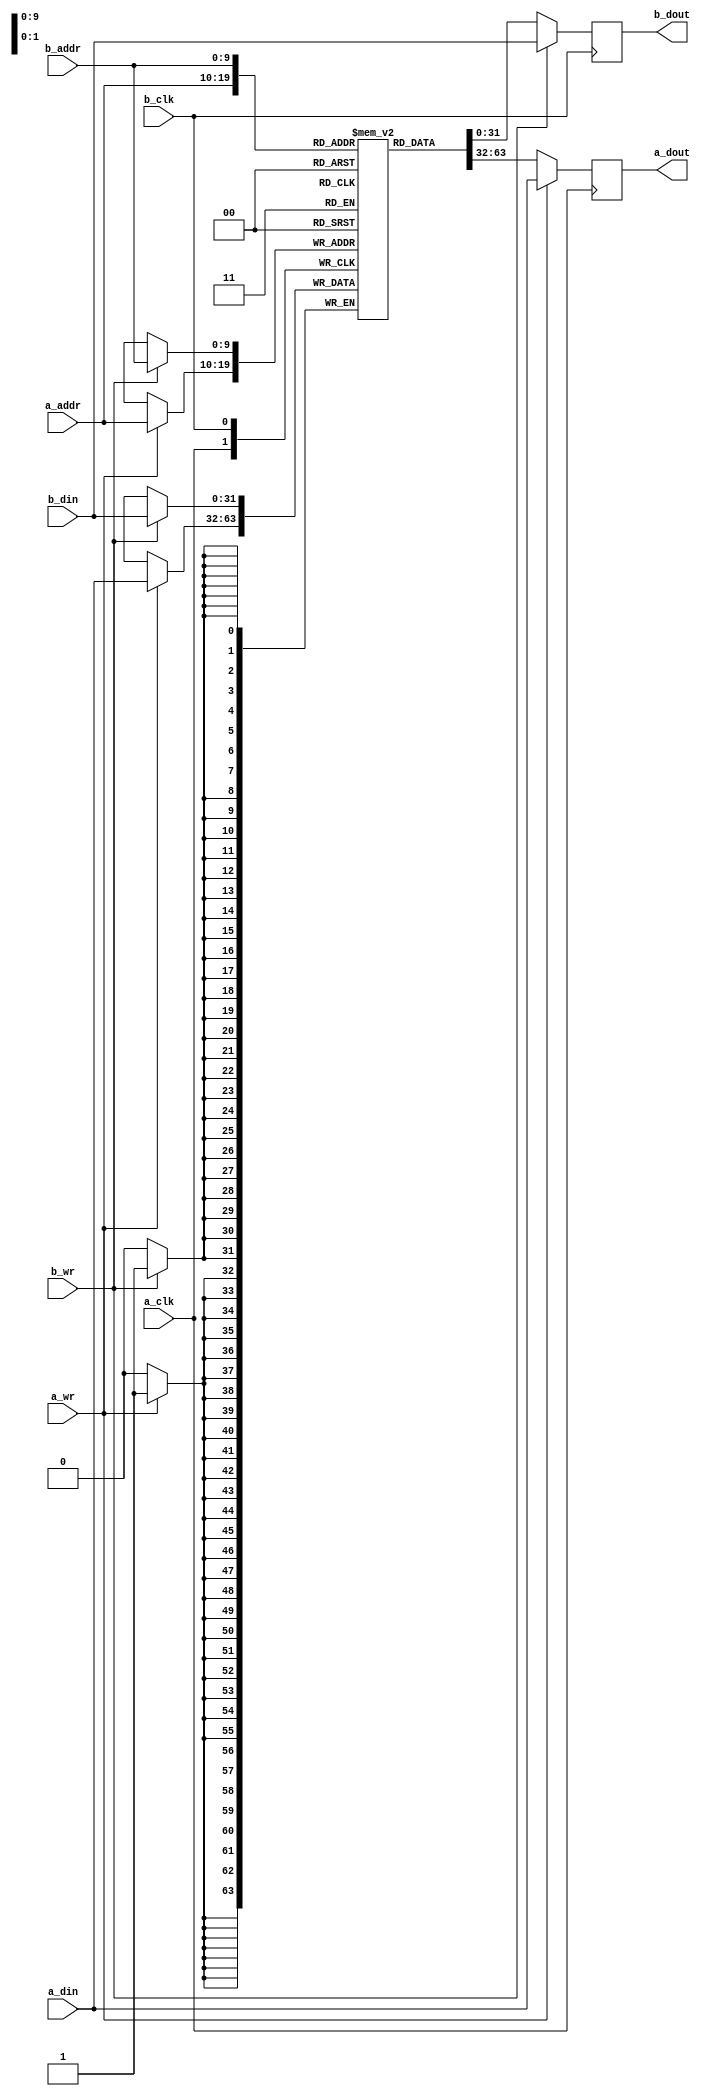
module dual_port_bram #(
  parameter DATA_WIDTH = 32,
  parameter ADDR_WIDTH = 10,
  parameter MEM_FILE  = "NOTHING",
  parameter MEM_FILE_LENGTH = 0
) (
  //Port A
  a_clk,
  a_wr,
  a_addr,
  a_din,
  a_dout,

  b_clk,
  b_wr,
  b_addr,
  b_din,
  b_dout
);

input                             a_clk;
input                             a_wr;
input   wire  [ADDR_WIDTH - 1: 0] a_addr;
input   wire  [DATA_WIDTH - 1: 0] a_din;
output  reg   [DATA_WIDTH - 1: 0] a_dout;

input                             b_clk;
input                             b_wr;
input   wire  [ADDR_WIDTH - 1: 0] b_addr;
input   wire  [DATA_WIDTH - 1: 0] b_din;
output  reg   [DATA_WIDTH - 1: 0] b_dout;

//Shared Memory
reg     [DATA_WIDTH - 1: 0]       mem [(1 << ADDR_WIDTH) - 1: 0];

generate
if (MEM_FILE != "NOTHING") begin
initial begin
    $readmemh(MEM_FILE, mem, 0, MEM_FILE_LENGTH - 1);
end
end
endgenerate

//Port A
always @ (posedge a_clk) begin
  a_dout          <=              mem[a_addr];
  if (a_wr) begin
    a_dout        <=  a_din;
    mem[a_addr]   <=  a_din;
  end
end


//Port B
always @ (posedge b_clk) begin
  b_dout          <=              mem[b_addr];
  if (b_wr) begin
    b_dout        <=              b_din;
    mem[b_addr]   <=              b_din;
  end
end

endmodule